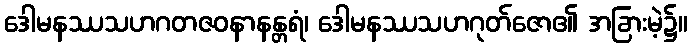
ဒေါမနဿသဟဂတဇဝနာနန္တရံ၊ ဒေါမနဿသဟဂုတ်ဇော၏ အခြားမဲ့၌။